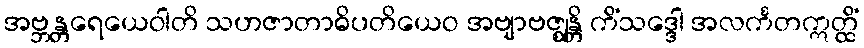
အဗ္ဘန္တရေယေဝါတိ သဟဇာတာဓိပတိယေဝ အဗျာဗဇ္ဈန္တိ ကိံသဒ္ဒေါ အလင်္ကတဣတ္ထိံ